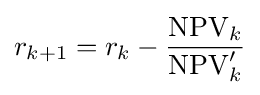
r_{k+1}=r_{k}-{\frac {\operatorname {NPV} _{k}}{\operatorname {NPV} '_{k}}}